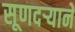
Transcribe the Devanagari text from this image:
सूणदर्‍याने